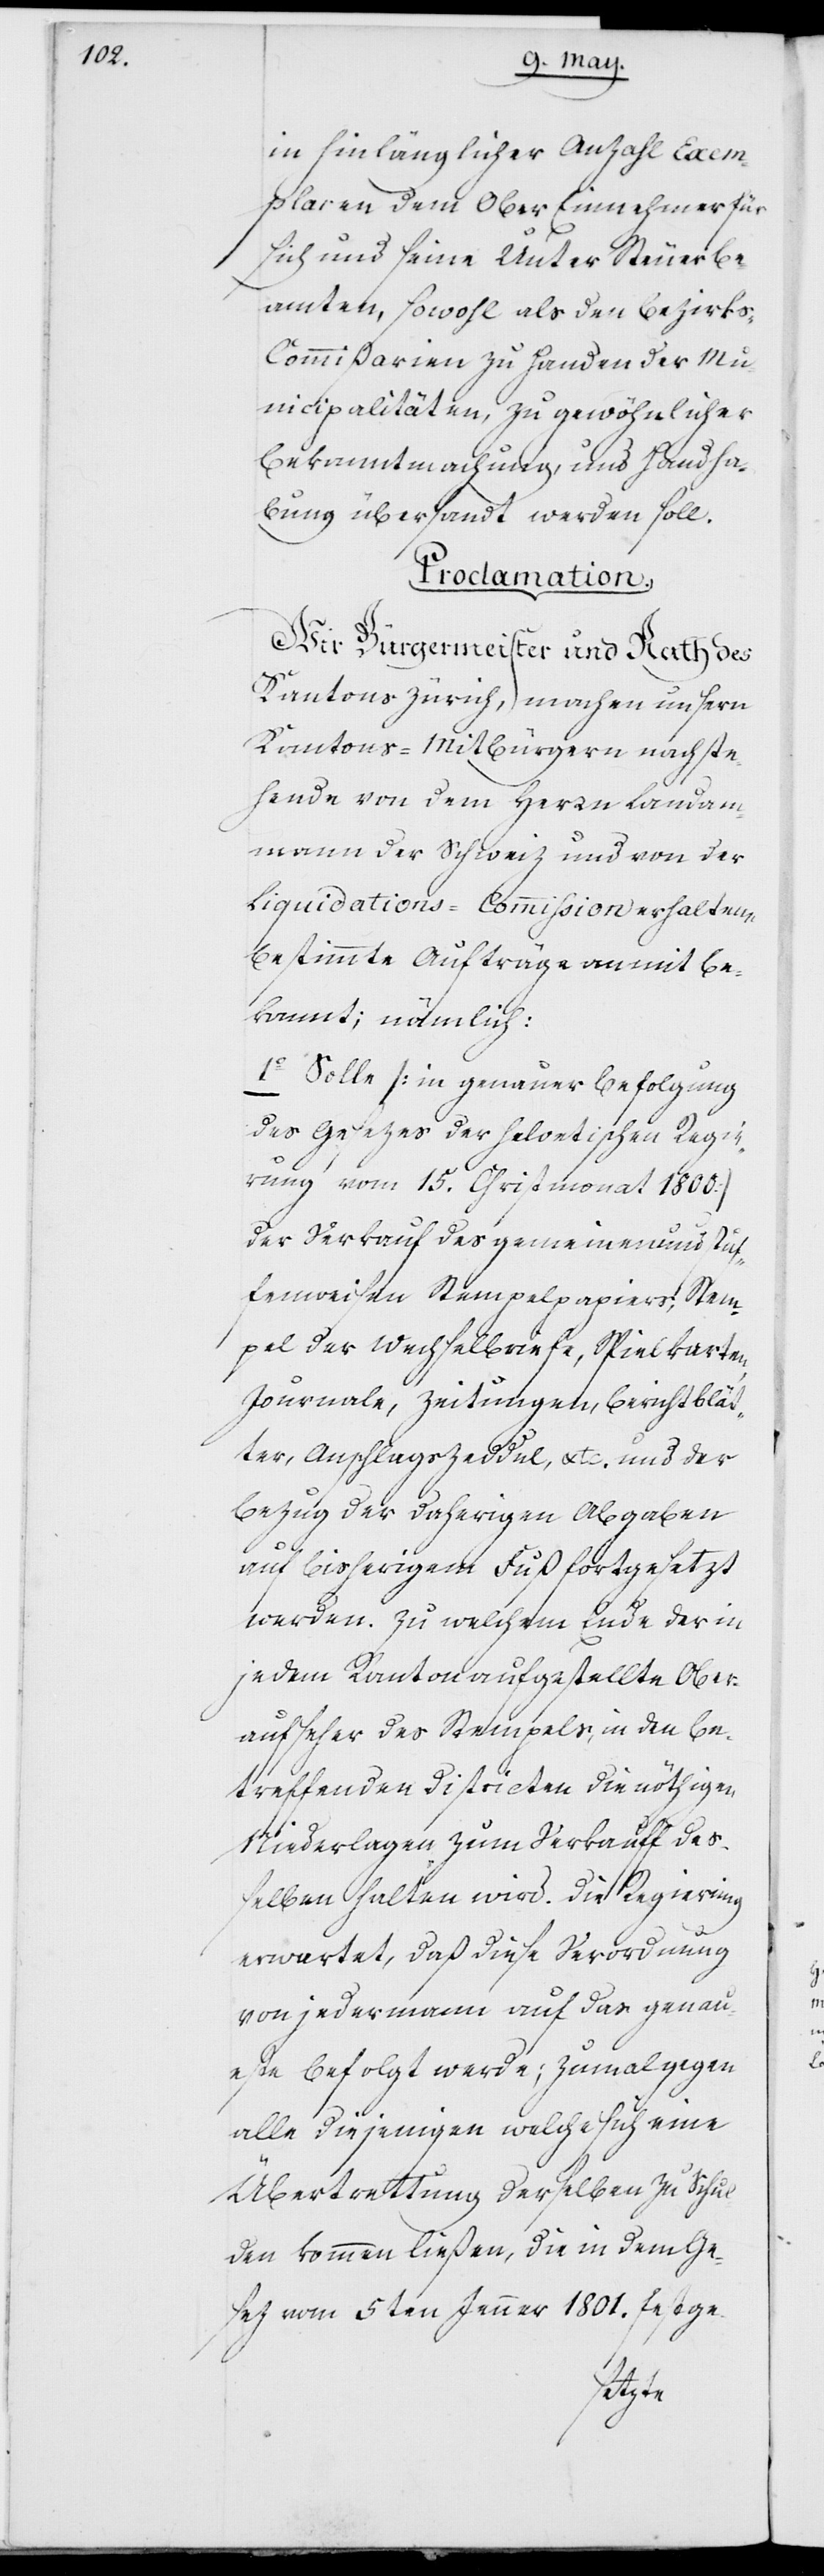
in hinlänglicher Anzahl Exem¬
plaren dem Ober Einnehmer für
sich und seine Unter Steuerbe¬
amten, sowohl als den Bezirk¬
s-Commißarien zu Handen der Mu¬
nicipalitäten, zu gewöhnlicher
Bekanntmachung, und Handha¬
bung übersandt werden soll.
Proclamation.
Wir Bürgermeister und Rath des
Kantons Zürich, machen unsern
Kantons-Mitbürgern nachste¬
hende von dem Herrn Landam¬
mann der Schweiz und von der
Liquidations-Commißion erhaltene
bestimmte Aufträge anmit be¬
kannt; nämlich:
1o Solle (in genauer Befolgung
des Gesetzes der Helvetischen Regie¬
rung vom 15. Christmonat 1800.)
der Verkauf des gemeinen und stu¬
fenweisen Stempelpapiers, Stem¬
pel der Wechselbriefe, Spielkarten,
Journale, Zeitungen, Berichtblät¬
ter, Anschlagszeddel, etc. und der
Bezug der daherigen Abgaben
auf bisherigem Fuß fortgesetzt
werden, zu welchem Ende der in
jedem Kanton aufgestellte Ober¬
aufseher des Stempels, in den be¬
treffenden Districten die nöthigen
Niederlagen zum Verkauff deß¬
elben halten wird. Die Regierung
erwartet, daß diese Verordnung
von jedermann auf das genau¬
este befolgt werde; zumal gegen
alle diejenigen, welche sich eine
Übertrettung derselben zu Schul¬
den kommen ließen, die in dem Ge¬
setz vom 5ten Jenner 1801. festge-